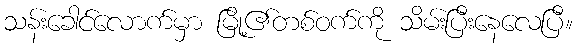
သန်းခေါင်လောက်မှာ မြို့၏တစ်ဝက်ကို သိမ်းပြီးနေလေပြီ။